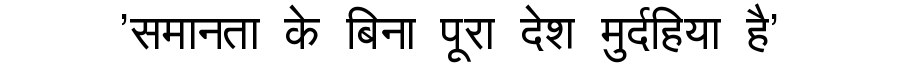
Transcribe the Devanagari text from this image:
'समानता के बिना पूरा देश मुर्दहिया है'